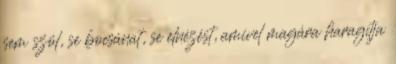
sem szól, se bocsánat, se elnézést, amivel magára haragítja